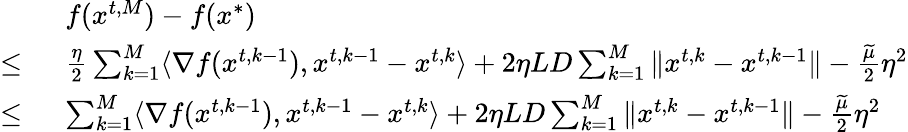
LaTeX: \begin{array}{rl}&{f({x}^{t,M})-f({x}^{*})}\\ {\le\ }&{\frac{\eta}{2}\sum_{k=1}^{M}\langle\nabla f({x}^{t,k-1}),{x}^{t,k-1}-{x}^{t,k}\rangle+2\eta LD\sum_{k=1}^{M}\| {x}^{t,k}-{x}^{t,k-1}\| -\frac{\widetilde\mu}{2}\eta^{2}}\\ {\le\ }&{\sum_{k=1}^{M}\langle\nabla f({x}^{t,k-1}),{x}^{t,k-1}-{x}^{t,k}\rangle+2\eta LD\sum_{k=1}^{M}\| {x}^{t,k}-{x}^{t,k-1}\| -\frac{\widetilde\mu}{2}\eta^{2}}\end{array}